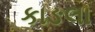
કાઙલા